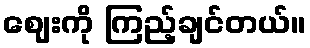
ဈေးကို ကြည့်ချင်တယ်။